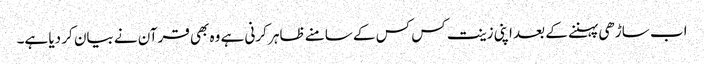
اب ساڑھی پہننے کے بعد اپنی زینت کس کس کے سامنے ظاہر کرنی ہے وہ بھی قرآن نے بیان کر دیا ہے۔